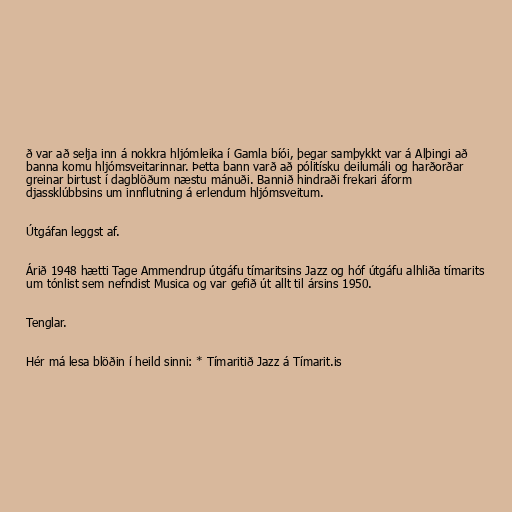
ð var að selja inn á nokkra hljómleika í Gamla bíói, þegar samþykkt var á Alþingi að
banna komu hljómsveitarinnar. Þetta bann varð að pólitísku deilumáli og harðorðar
greinar birtust í dagblöðum næstu mánuði. Bannið hindraði frekari áform
djassklúbbsins um innflutning á erlendum hljómsveitum.

Útgáfan leggst af.

Árið 1948 hætti Tage Ammendrup útgáfu tímaritsins Jazz og hóf útgáfu alhliða tímarits
um tónlist sem nefndist Musica og var gefið út allt til ársins 1950.

Tenglar.

Hér má lesa blöðin í heild sinni: * Tímaritið Jazz á Tímarit.is